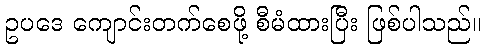
ဥပဒေ ကျောင်းတက်စေဖို့ စီမံထားပြီး ဖြစ်ပါသည်။